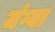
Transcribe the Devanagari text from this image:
जंग्या